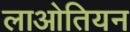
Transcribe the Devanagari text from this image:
लाओतियन